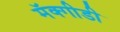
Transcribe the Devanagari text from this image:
मॅक्गीडी